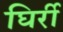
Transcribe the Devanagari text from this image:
घिर्री